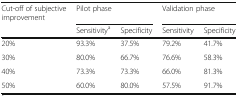
<table><thead><tr><td><b>Cut-off of subjective improvement</b></td><td colspan="2"><b>Pilot phase</b></td><td colspan="2"><b>Validation phase</b></td></tr><tr><td></td><td><b>Sensitivity<sup>a</sup></b></td><td><b>Specificity</b></td><td><b>Sensitivity</b></td><td><b>Specificity</b></td></tr></thead><tbody><tr><td>20%</td><td>93.3%</td><td>37.5%</td><td>79.2%</td><td>41.7%</td></tr><tr><td>30%</td><td>80.0%</td><td>66.7%</td><td>76.6%</td><td>58.3%</td></tr><tr><td>40%</td><td>73.3%</td><td>73.3%</td><td>66.0%</td><td>81.3%</td></tr><tr><td>50%</td><td>60.0%</td><td>80.0%</td><td>57.5%</td><td>91.7%</td></tr></tbody></table>